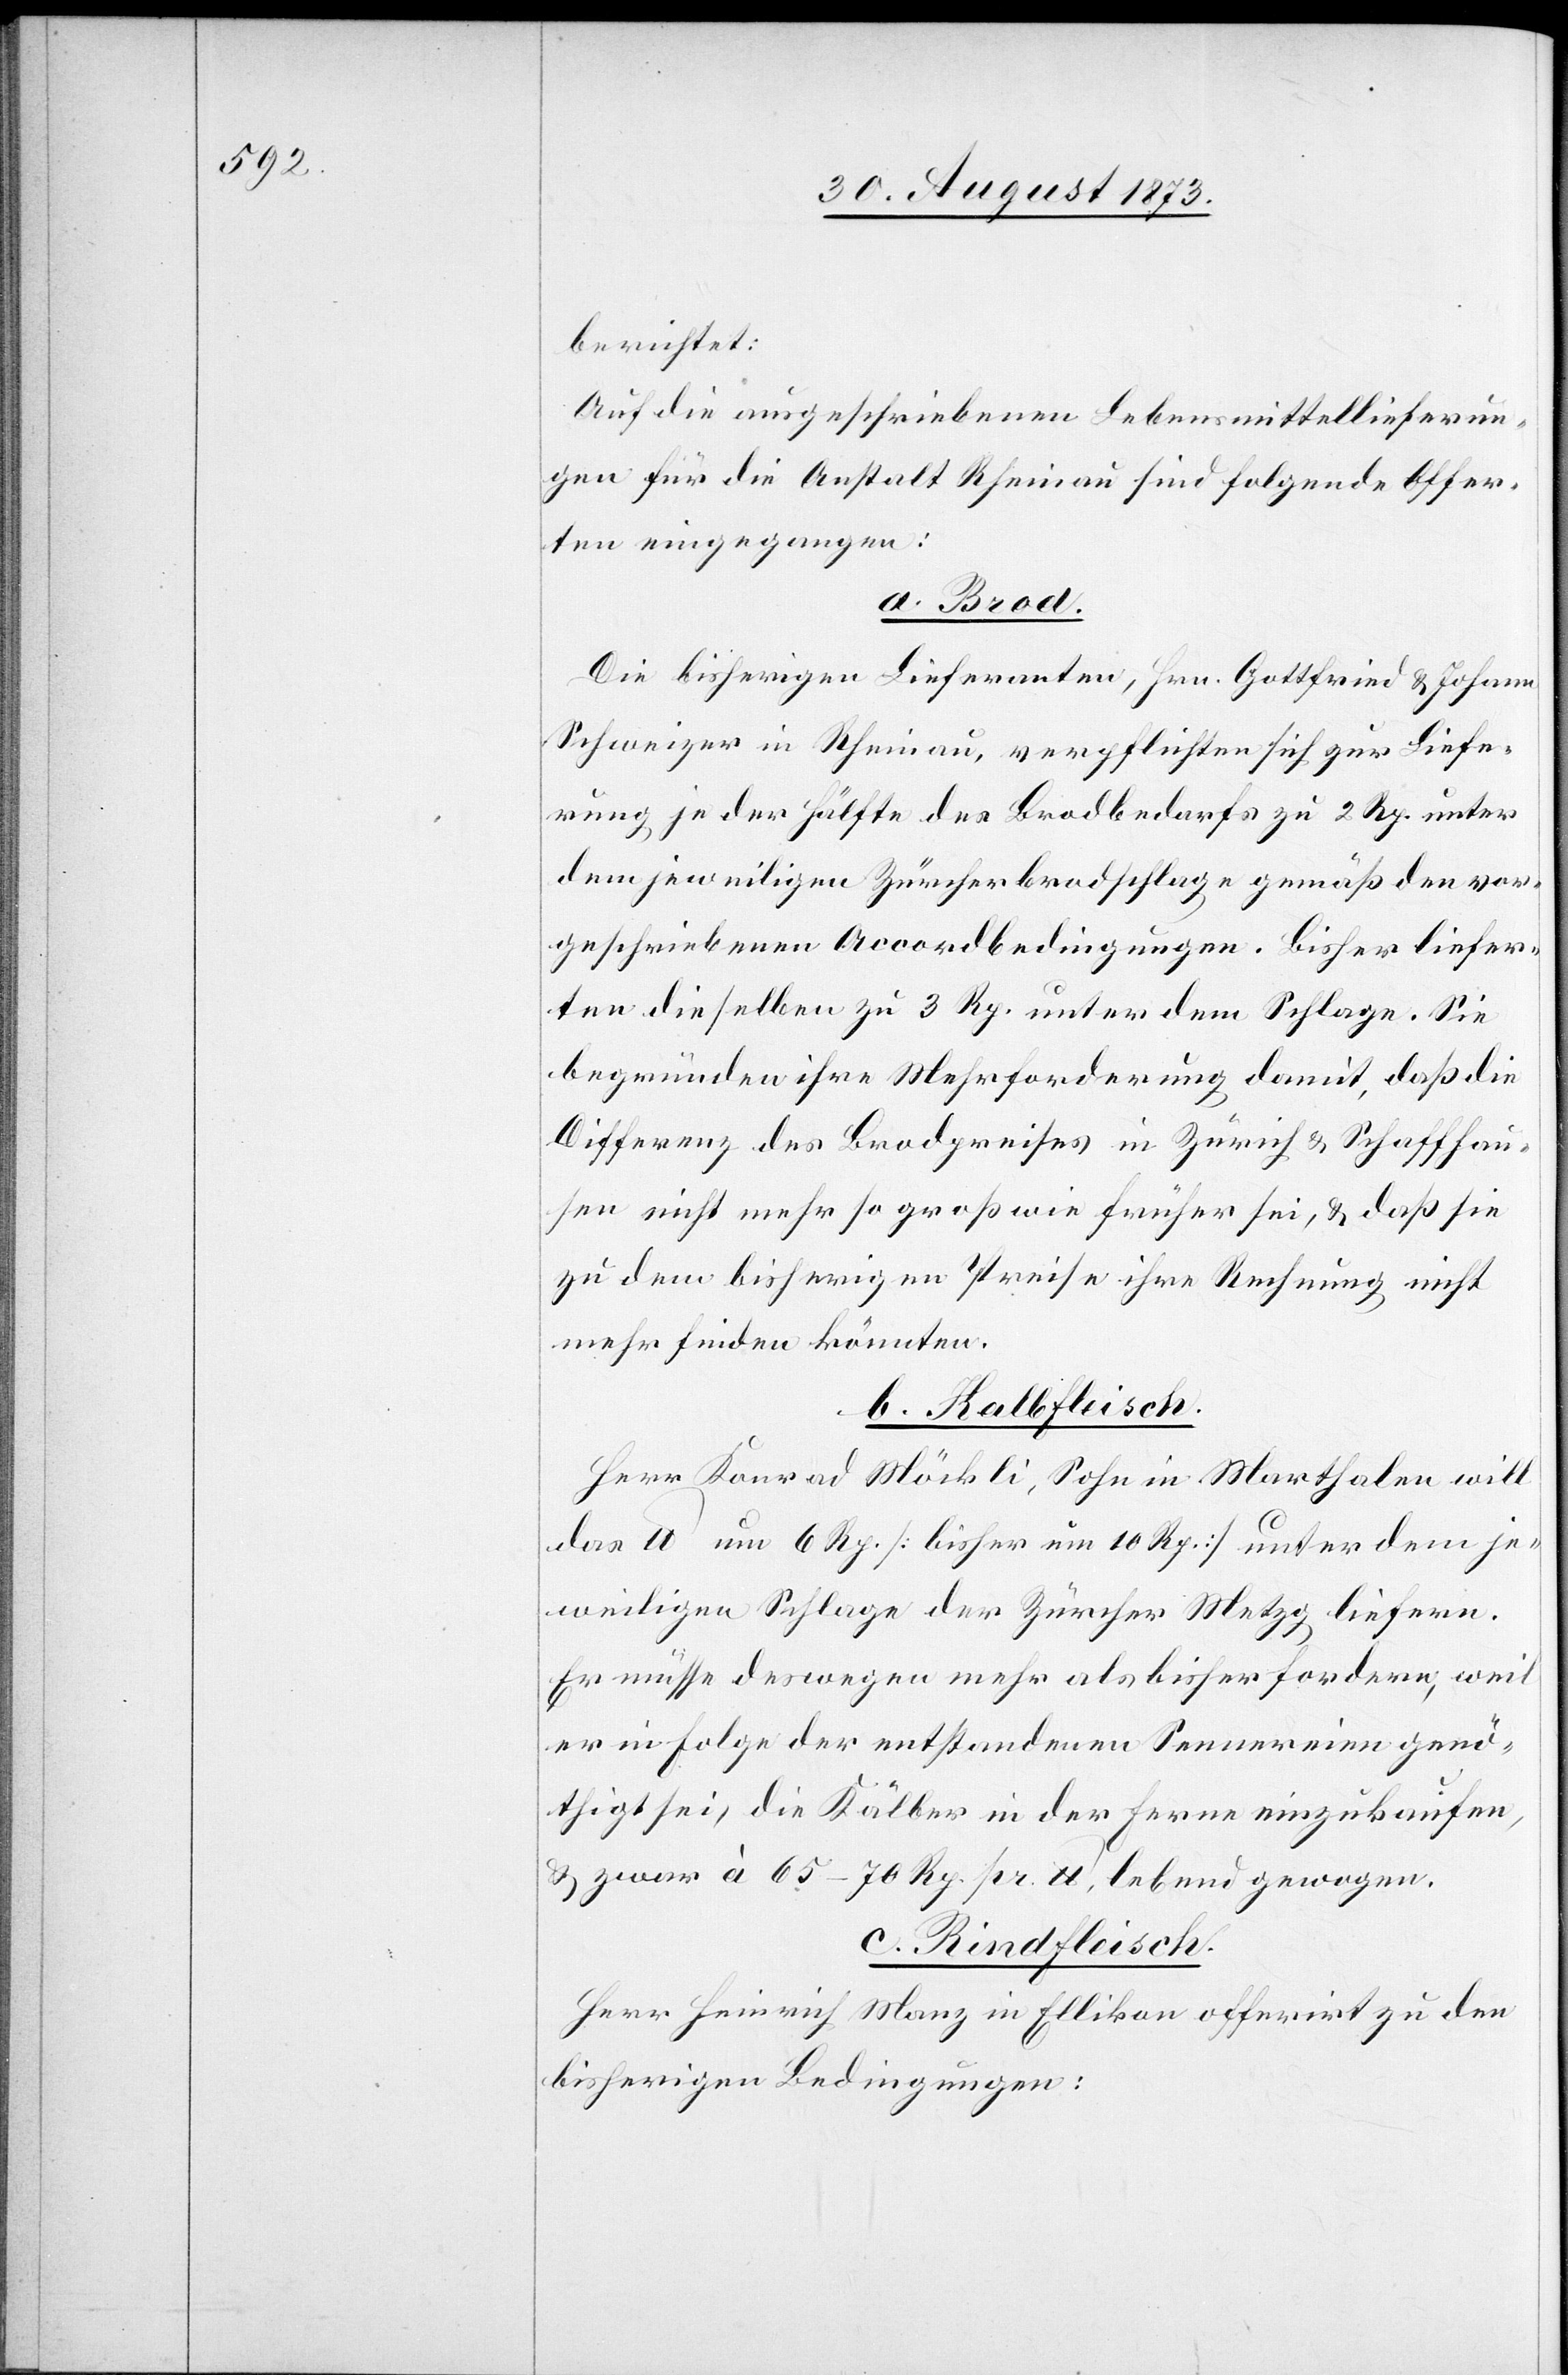
berichtet:
Auf die ausgeschriebenen Lebensmittellieferun¬
gen für die Anstalt Rheinau sind folgende Offer¬
ten eingegangen:
a. Brod.
Die bisherigen Lieferanten, Hrn. Gottfried & Johann
Schweizer in Rheinau, verpflichten sich zur Liefe¬
rung je der Hälfte des Brodbedarfs zu 2 Rp. unter
dem jeweiligen Zürcherbrodschlage gemäß den vor¬
geschriebenen Accordbedingungen. Bisher liefer¬
ten dieselben zu 3 Rp. unter dem Schlage. Sie
begründen ihre Mehrforderung damit, daß die
Differenz des Brodpreises in Zürich & Schaffhau¬
sen nicht mehr so groß wie früher sei, & daß sie
zu dem bisherigen Preise ihre Rechnung nicht
mehr finden könnten.
b.Kalbfleisch.
Herr Konrad Möckli, Sohn in Marthalen will
das lb um 6 Rp. [bisher um 10 Rp.] unter dem je¬
weiligen Schlage der Zürcher Metzg liefern.
Er müsse deswegen mehr als bisher fordern, weil
er in Folge der entstandenen Sennereien genö¬
thigt sei, die Kälber in der Ferne einzukaufen,
& zwar à 65–70 Rp. pr. lb, lebend gewogen.
c. Rindfleisch.
Herr Heinrich Manz in Ellikon offerirt zu den
bisherigen Bedingungen: